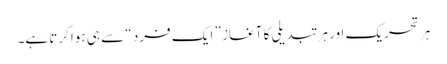
ہر تحریک اور ہر تبدیلی کا آغاز ” ایک فرد “ سے ہی ہوا کرتاہے۔